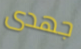
جهدى